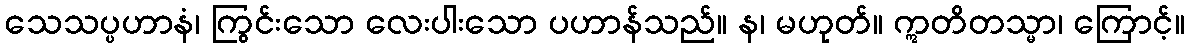
သေသပ္ပဟာနံ၊ ကြွင်းသော လေးပါးသော ပဟာန်သည်။ န၊ မဟုတ်။ ဣတိတသ္မာ၊ ကြောင့်။